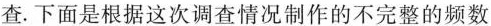
查。下面是根据这次调查情况制作的不完整的频数